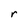
Character: r